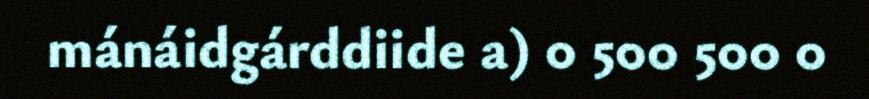
mánáidgárddiide a) 0 500 500 0